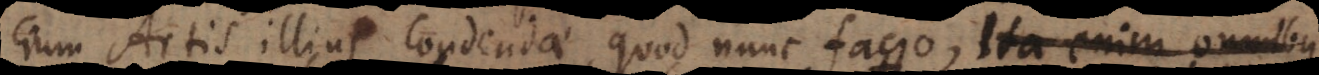
cium Artis illius condendae, quod nunc facio, qua semel constit